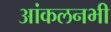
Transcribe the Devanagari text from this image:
आंकलनभी